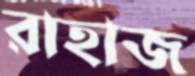
রাহাজ